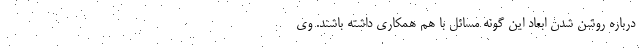
درباره روشن شدن ابعاد این گونه مسائل با هم همکاری داشته باشند. وی